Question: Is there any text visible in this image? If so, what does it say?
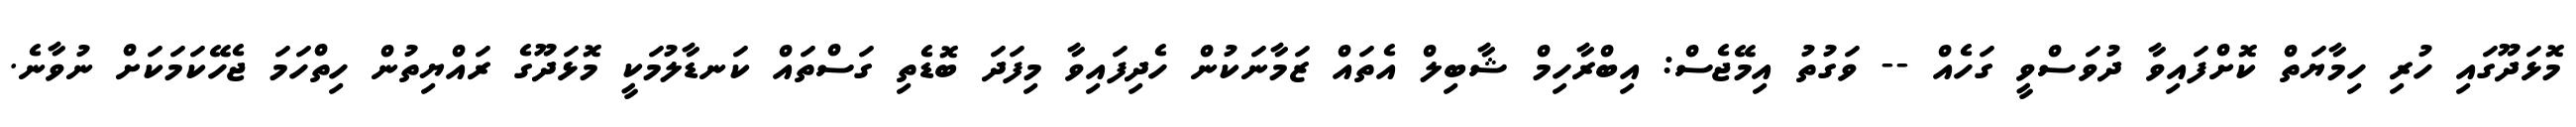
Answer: މޮޅަދޫގައި ހުރި ހިމާޔަތް ކޮށްފައިވާ ދުވަސްވީ ގަހެއް -- ވަގުތު އިމޭޖެސް: އިބްރާހިމް ޝާބިލް އެތައް ޒަމާނަކުން ހެދިފައިވާ މިފަދަ ބޮޑެތި ގަސްތައް ކަނޑާލުމަކީ މޮޅަދޫގެ ރައްޔިތުން ހިތްހަމަ ޖެހޭކަމަކަށް ނުވާނެ.